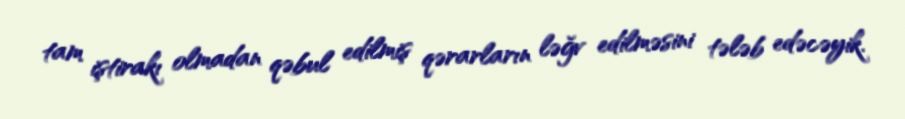
tam iştirakı olmadan qəbul edilmiş qərarların ləğv edilməsini tələb edəcəyik.